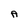
Character: A